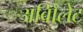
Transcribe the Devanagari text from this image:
अविोलेट